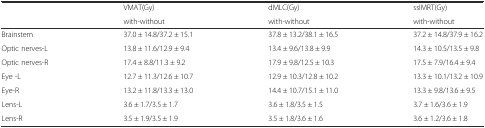
<table><thead><tr><td rowspan="2"></td><td><b>VMAT(Gy)</b></td><td><b>dMLC(Gy)</b></td><td><b>ssIMRT(Gy)</b></td></tr><tr><td><b>with-without</b></td><td><b>with-without</b></td><td><b>with-without</b></td></tr></thead><tbody><tr><td>Brainstem</td><td>37.0 ± 14.8/37.2 ± 15.1</td><td>37.8 ± 13.2/38.1 ± 16.5</td><td>37.2 ± 14.8/37.9 ± 16.2</td></tr><tr><td>Optic nerves-L</td><td>13.8 ± 11.6/12.9 ± 9.4</td><td>13.4 ± 9.6/13.8 ± 9.9</td><td>14.3 ± 10.5/13.5 ± 9.8</td></tr><tr><td>Optic nerves-R</td><td>17.4 ± 8.8/11.3 ± 9.2</td><td>17.9 ± 9.8/12.5 ± 10.3</td><td>17.5 ± 7.9/16.4 ± 9.4</td></tr><tr><td>Eye -L</td><td>12.7 ± 11.3/12.6 ± 10.7</td><td>12.9 ± 10.3/12.8 ± 10.2</td><td>13.3 ± 10.1/13.2 ± 10.9</td></tr><tr><td>Eye-R</td><td>13.2 ± 11.8/13.3 ± 13.0</td><td>14.4 ± 10.7/15.1 ± 11.0</td><td>13.3 ± 9.8/13.6 ± 9.5</td></tr><tr><td>Lens-L</td><td>3.6 ± 1.7/3.5 ± 1.7</td><td>3.6 ± 1.8/3.5 ± 1.5</td><td>3.7 ± 1.6/3.6 ± 1.9</td></tr><tr><td>Lens-R</td><td>3.5 ± 1.9/3.5 ± 1.9</td><td>3.5 ± 1.8/3.6 ± 1.6</td><td>3.6 ± 1.2/3.6 ± 1.8</td></tr></tbody></table>